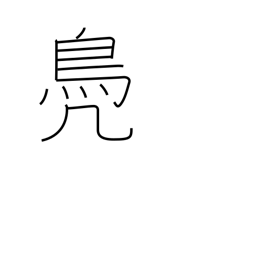
Meaning: suffix